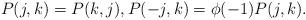
LaTeX: \begin{align*}P(j,k)=P(k,j), P(-j,k) = \phi(-1)P(j,k).\end{align*}